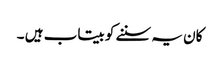
کان یہ سننے کو بیتاب ہیں ۔